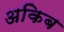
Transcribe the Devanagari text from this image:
अकिब